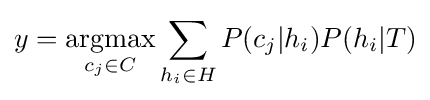
y={\underset {c_{j}\in C}{\mathrm {argmax} }}\sum _{h_{i}\in H}{P(c_{j}|h_{i})P(h_{i}|T)}